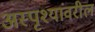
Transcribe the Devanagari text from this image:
अस्पृश्यांवरील